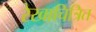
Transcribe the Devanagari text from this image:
रेखाचित्रित